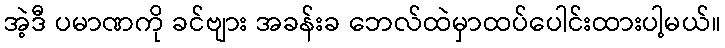
အဲ့ဒီ ပမာဏကို ခင်ဗျား အခန်းခ ဘေလ်ထဲမှာထပ်ပေါင်းထားပါ့မယ်။